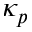
\kappa _ { p }